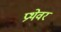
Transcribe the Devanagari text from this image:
प्रथेवर